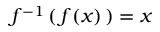
f ^ { - 1 } \left( \, f ( x ) \, \right) = x